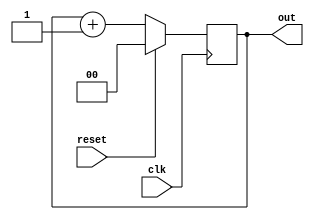
`timescale 1ns / 1ps
//////////////////////////////////////////////////////////////////////////////////
// Company: 
// Engineer: 
// 
// Design Name: 
// Module Name: cout2b
// Project Name: 
// Target Devices: 
// Tool Versions: 
// Description: 
// 
// Dependencies: 
// 
// Revision:
// Revision 0.01 - File Created
// Additional Comments:
// 
//////////////////////////////////////////////////////////////////////////////////


module cout2b(clk,reset,out);
    input clk;
    input reset;
    output[1:0] out;
    reg[1:0] out;   
    
    initial out =0;
 
 always@(posedge clk) 
 begin
 if(reset == 1)
    out <= 0;
 else
     out <= out +1;
 end
 
endmodule